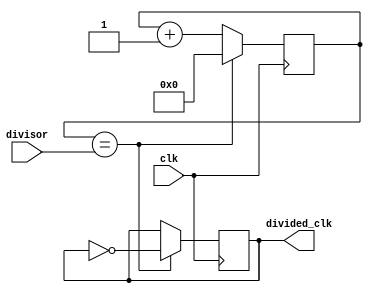
module clock_divider (
    input wire clk, // Input clock signal
    input wire [7:0] divisor, // Divisor value (1 to 255)
    output reg divided_clk // Divided clock signal output
);

reg [7:0] counter;

always @(posedge clk) begin
    if (counter == divisor) begin
        divided_clk <= ~divided_clk;
        counter <= 0;
    end else begin
        counter <= counter + 1;
    end
end

endmodule